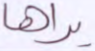
يراها